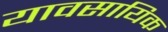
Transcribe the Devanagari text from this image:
यावसायिक